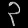
Digit: ၃